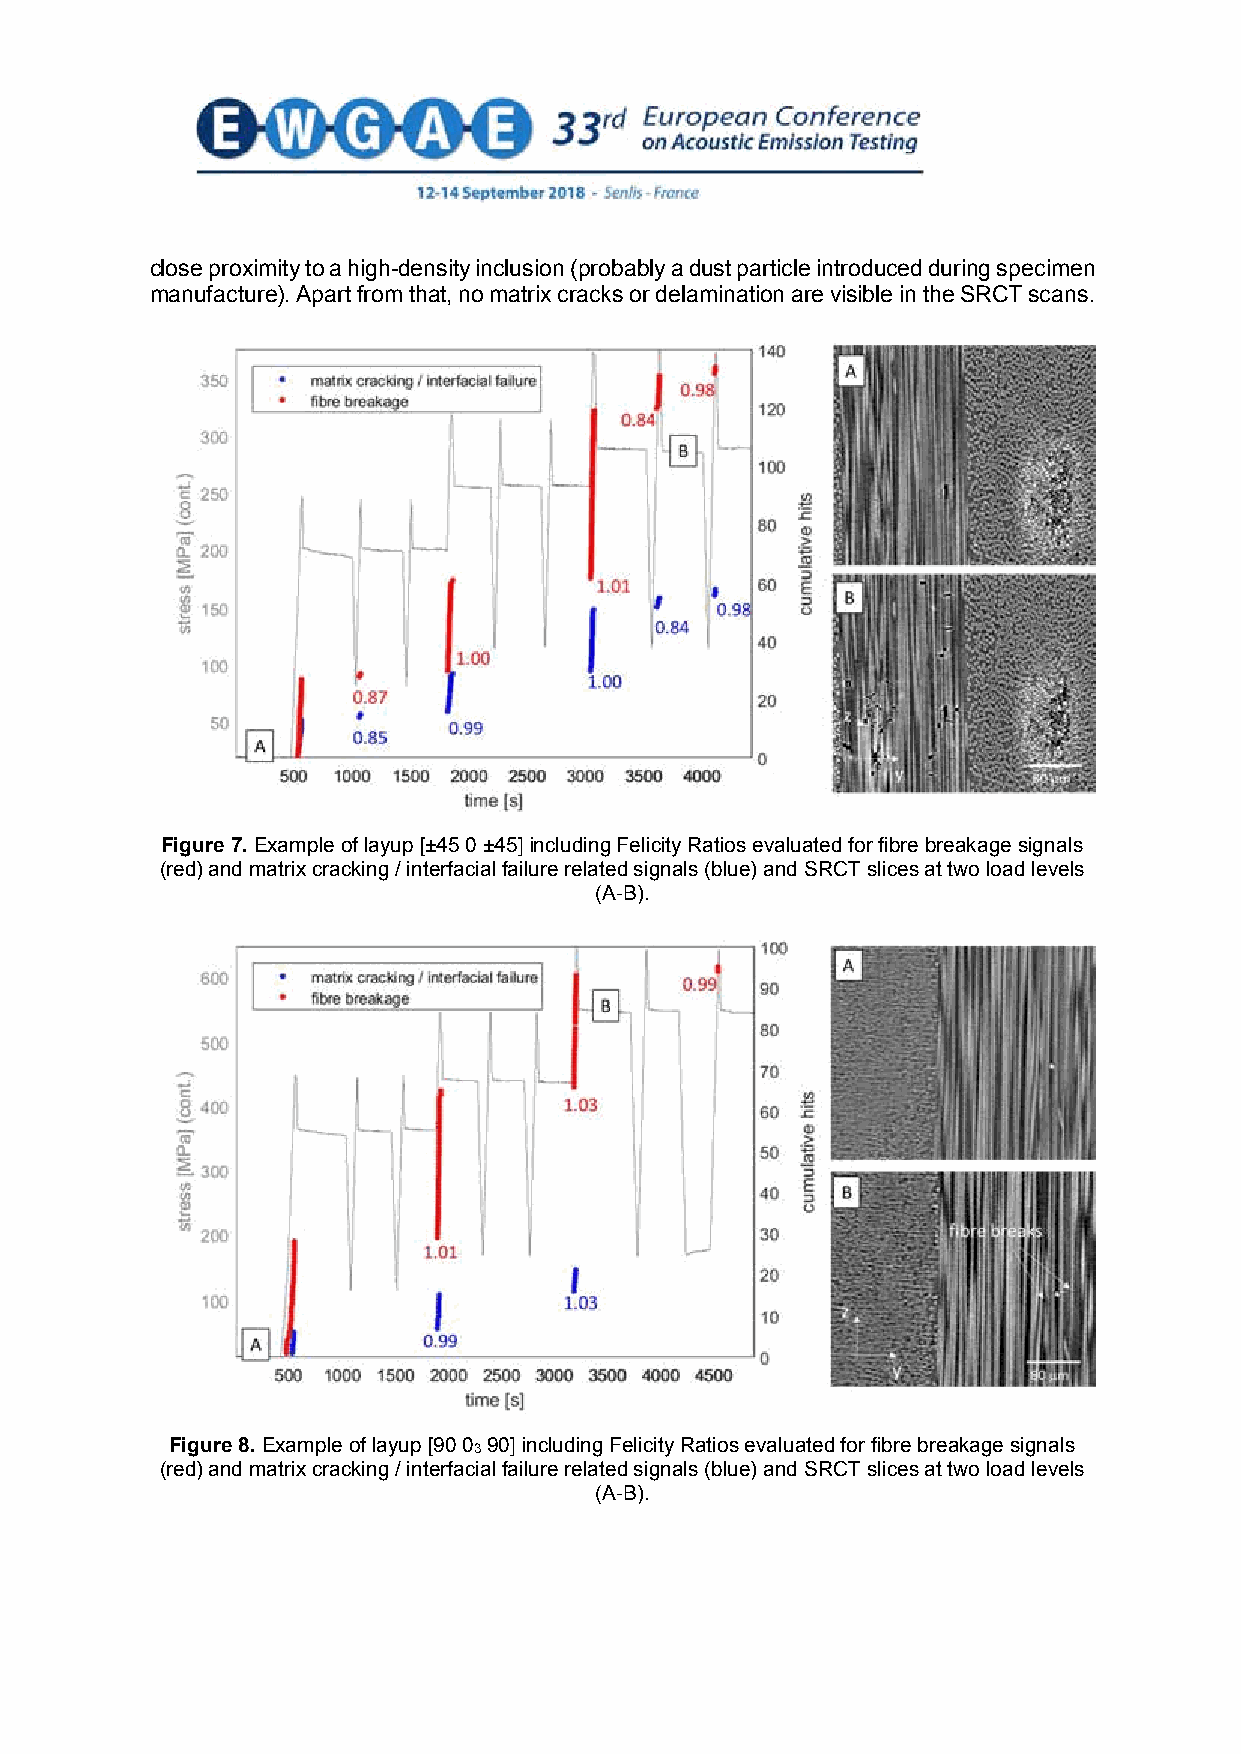
close proximity to a high-density inclusion (probably a dust particle introduced during specimen
 manufacture). Apart from that, no matrix cracks or delamination are visible in the SRCT scans.
 Figure 7. Example of layup [±45 0 ±45] including Felicity Ratios evaluated for fibre breakage signals
 (red) and matrix cracking / interfacial failure related signals (blue) and SRCT slices at two load levels
 (A-B).
 Figure 8. Example of layup [90 03 90] including Felicity Ratios evaluated for fibre breakage signals
 (red) and matrix cracking / interfacial failure related signals (blue) and SRCT slices at two load levels
 (A-B).
 9